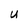
Character: U